Vaccine operations Central Provinces 1868-1885 - 1868-1885
Year: 1868
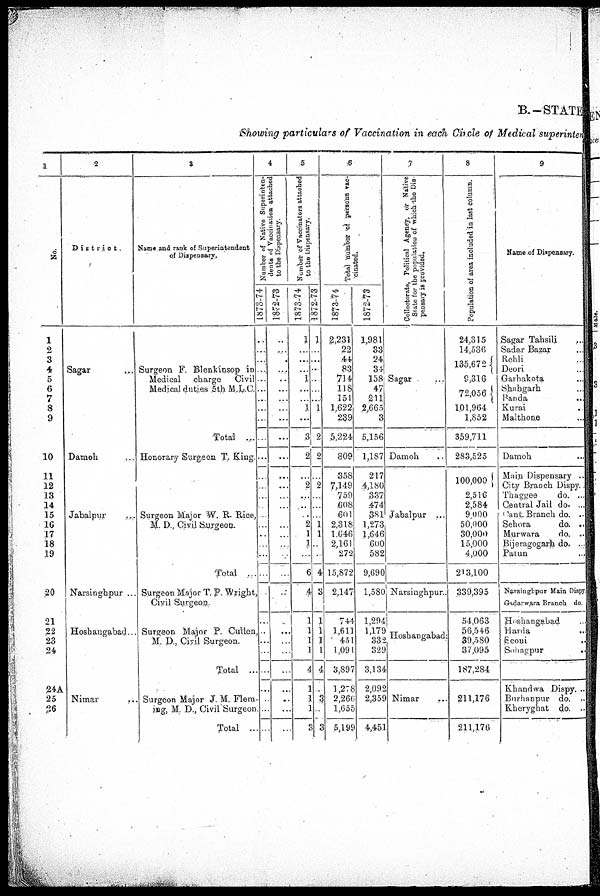
B—STATE
Showing particulars of Vaccination in each circle of Medical superinten
1
No.
1
2
3
4
5
6
7
8
9
10
11
12
13
14
15
16
17
18
19
20
21
22
23
24
24A
25
26
2
District.
Sagar …
Damoh …
Jabalpur …
Narsinghpur ...
Hoshangabad ...
Nimar …
3
Name and rank of Superintendent
of Dispensary.
Surgeon F. Blenkinsop in
Medical charge
Civil
Medical duties 5th M.L.C.
Total ....
Honorary Surgeon T. King.
Surgeon Major W. R. Rice,
M. D., Civil Surgeon.
Total ...
Surgeon Major T. P. Wright,
Civil Surgeon.
Surgeon Major P. Cullen,
M. D., Civil Surgeon.
Total ...
Surgeon Major J. M. Flem-
ing, M. D., Civil Surgeon
Total ...
4
Number of Native Superinten¬
dents of Vaccination attached
to the Dispensary.
1873-74
...
...
...
…
...
...
...
...
...
...
...
…
…
...
…
...
…
…
…
...
…
...
…
...
...
...
…
...
…
…
1872-73
...
...
...
...
...
...
...
...
...
...
...
...
...
...
...
...
...
…
...
...
...
...
…
...
...
...
…
...
...
...
5
Number of Vaccinators attached
to the Dispensary.
1873-74
1
…
…
...
1
…
…
1
...
3
2
...
2
…
...
…
2
1
1
...
6
4
1
1
1
1
4
1
1
1
3
1872-73
1
…
…
...
...
…
…
1
2
2
…
2
…
...
…
1
1
…
...
4
3
1
1
1
1
4
1
3
1
3
6
Total number of persons vac¬
cinated.
1873-74
2,231
22
44
83
714
118
151
1,622
239
5,224
809
358
7,149
759
608
601
2,318
1646
2,161
272
15,872
2,147
744
1,611
451
1,091
3,897
1,278
2,266
1,655
5,198
1872-73
1,981
33
24
34
158
47
211
2,665
3
5,156
1,187
217
4,180
337
474
381
1,273
1,646
600
582
9,690
1,580
1,294
1,179
332
329
3,134
2,092
2,359
4,451
7
Collectorate, Political Agency, or Native
State for the population of which the Dis-
pensary is provided.
Sagar …
Damoh ..
Jabalpur ...
Narsinghpur.
Hoshangabad
Nimar …
8
Population of area included in last column.
24,315
14,536
135,672
9,316
72,056
1,01,964
1,852
359,711
283,525
100,000
2,516
2,584
9,000
50,000
30,000
15,000
4,000
213,100
339,395
54,063
56,546
39,580
37,095
187,284
211,176
211,176
9
Name of Dispensary.
Sagar Tahsili …
Sadar Bazar …
Rehli …
Deori …
Garhakota …
Shahgarh …
Banda
...
Kurai
...
Malthone …
Damoh …
Main Dispensary ..
City Branch Dispy..
Thaggee
do. ...
Central Jail do. ...
Cant Branch do. ...
Sehora
do. ..
Murwara
do. ..
Bijeragogarh do. ...
Patun …
Narsinghpur Main Dispy.
Gadarwara Branch do.
Hoshangabad …
Harda
...
Seoni …
Soliagpur
...
Khandwa Dispy. ...
Burhanpur do. ...
Kheryghat do. ...